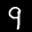
Label: 9